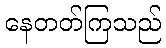
နေတတ်ကြသည်